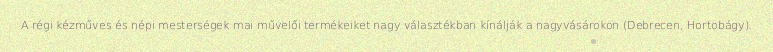
A régi kézműves és népi mesterségek mai művelői termékeiket nagy választékban kínálják a nagyvásárokon (Debrecen, Hortobágy).